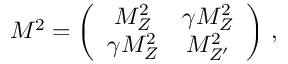
{ \cal M } ^ { 2 } = \left( \begin{array} { c c } { { M _ { Z } ^ { 2 } } } & { { \gamma M _ { Z } ^ { 2 } } } \\ { { \gamma M _ { Z } ^ { 2 } } } & { { M _ { Z ^ { \prime } } ^ { 2 } } } \end{array} \right) \, ,